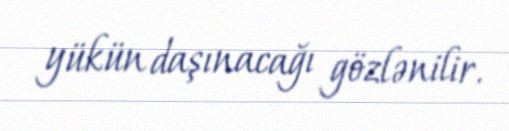
yükün daşınacağı gözlənilir.